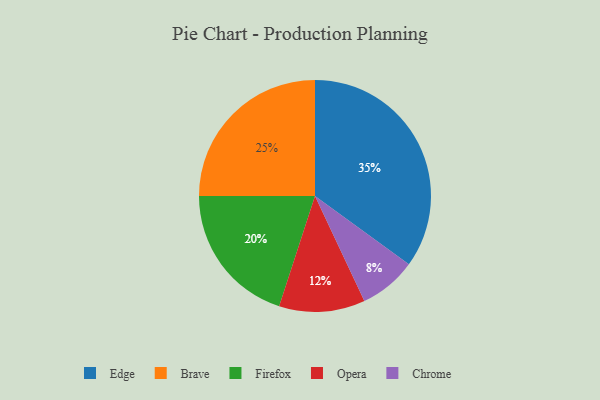
{"axis": {"x": "Category", "y": "Percentage"}, "legend": ["Brave", "Chrome", "Edge", "Firefox", "Opera"], "data": [{"x": "Edge", "y": 35, "type": "Edge"}, {"x": "Brave", "y": 25, "type": "Brave"}, {"x": "Chrome", "y": 8, "type": "Chrome"}, {"x": "Opera", "y": 12, "type": "Opera"}, {"x": "Firefox", "y": 20, "type": "Firefox"}]}